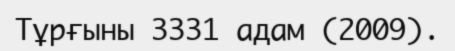
Тұрғыны 3331 адам (2009).